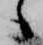
々